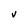
Character: V